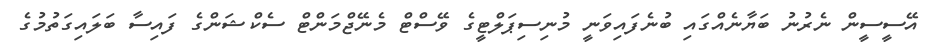
އޭސީސީން ނެރުނު ބަޔާނެއްގައި ބުނެފައިވަނީ މުނިސިޕަލްޓީގެ ވޭސްޓް މެނޭޖްމަންޓް ސެކްޝަންގެ ފައިސާ ބަލައިގަތުމުގެ